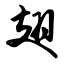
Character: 翅